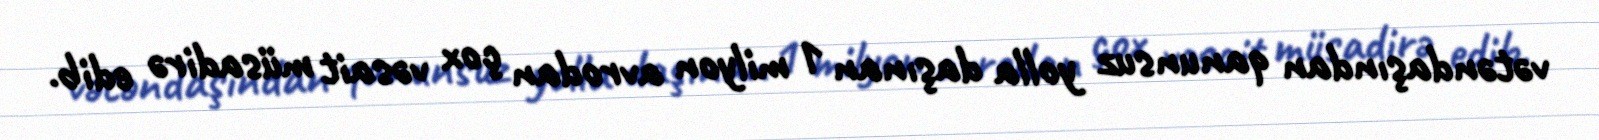
vətəndaşından qanunsuz yolla daşınan 1 milyon avrodan çox vəsait müsadirə edib.